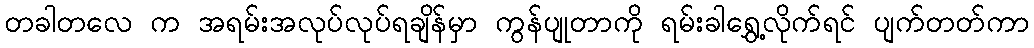
တခါတလေ က အရမ်းအလုပ်လုပ်ရချိန်မှာ ကွန်ပျုတာကို ရမ်းခါရွှေ့လိုက်ရင် ပျက်တတ်ကာ